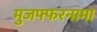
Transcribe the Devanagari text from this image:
मुजफ्फरनामा